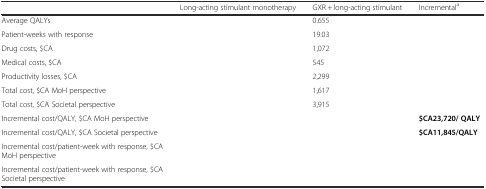
<table><thead><tr><td>[EMPTY_CELL]</td><td><b>Long-acting stimulant monotherapy</b></td><td><b>GXR + long-acting stimulant</b></td><td><b>Incremental<sup>a</sup></b></td></tr></thead><tbody><tr><td>Average QALYs</td><td>[EMPTY_CELL]</td><td>0.655</td><td>[EMPTY_CELL]</td></tr><tr><td>Patient-weeks with response</td><td>[EMPTY_CELL]</td><td>19.03</td><td>[EMPTY_CELL]</td></tr><tr><td>Drug costs, $CA</td><td>[EMPTY_CELL]</td><td>1,072</td><td>[EMPTY_CELL]</td></tr><tr><td>Medical costs, $CA</td><td>[EMPTY_CELL]</td><td>545</td><td>[EMPTY_CELL]</td></tr><tr><td>Productivity losses, $CA</td><td>[EMPTY_CELL]</td><td>2,299</td><td>[EMPTY_CELL]</td></tr><tr><td>Total cost, $CAMoH perspective</td><td>[EMPTY_CELL]</td><td>1,617</td><td>[EMPTY_CELL]</td></tr><tr><td>Total cost, $CASocietal perspective</td><td>[EMPTY_CELL]</td><td>3,915</td><td>[EMPTY_CELL]</td></tr><tr><td>Incremental cost/QALY, $CAMoH perspective</td><td>[EMPTY_CELL]</td><td>[EMPTY_CELL]</td><td><b>$CA23,720/ QALY</b></td></tr><tr><td>Incremental cost/QALY, $CASocietal perspective</td><td>[EMPTY_CELL]</td><td>[EMPTY_CELL]</td><td><b>$CA11,845/QALY</b></td></tr><tr><td>Incremental cost/patient-week with response, $CAMoH perspective</td><td>[EMPTY_CELL]</td><td>[EMPTY_CELL]</td><td>[EMPTY_CELL]</td></tr><tr><td>Incremental cost/patient-week with response, $CASocietal perspective</td><td>[EMPTY_CELL]</td><td>[EMPTY_CELL]</td><td>[EMPTY_CELL]</td></tr></tbody></table>